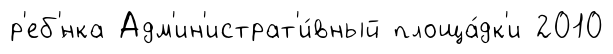
р'еб'́нка Адм'ин'истрат'и́вный площа́дк'и 2010